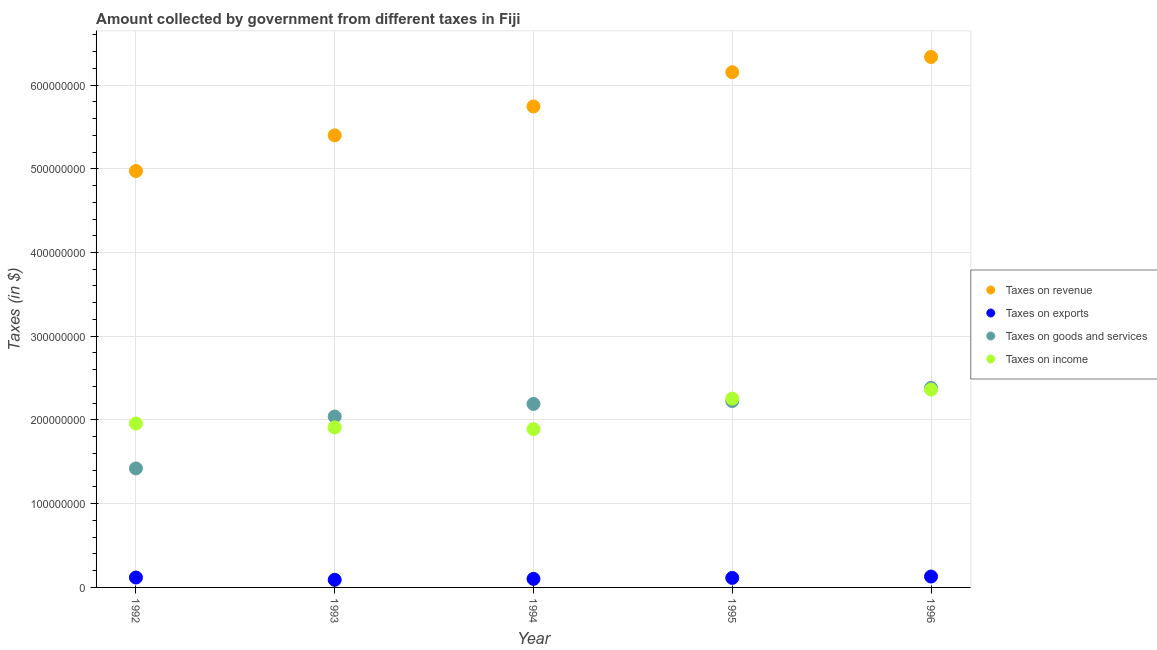
| Year | Taxes on revenue | Taxes on exports | Taxes on goods and services | Taxes on income |
 | --- | --- | --- | --- | --- |
 | 1992 | 4.97e+08 | 1.18e+07 | 1.42e+08 | 1.96e+08 |
 | 1993 | 5.4e+08 | 9.08e+06 | 2.04e+08 | 1.91e+08 |
 | 1994 | 5.74e+08 | 1.02e+07 | 2.19e+08 | 1.89e+08 |
 | 1995 | 6.15e+08 | 1.14e+07 | 2.23e+08 | 2.25e+08 |
 | 1996 | 6.34e+08 | 1.3e+07 | 2.38e+08 | 2.36e+08 |